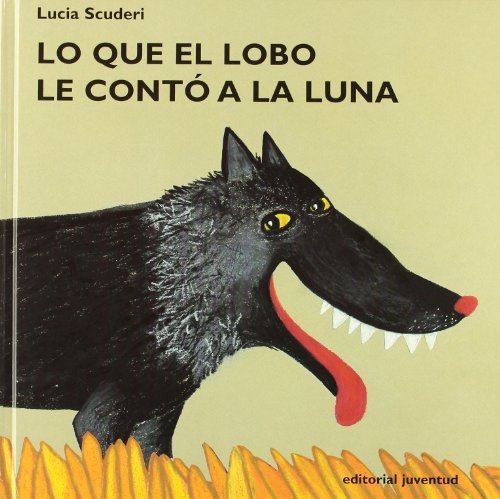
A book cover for Lo Que el Lobo Le Conto a la Luna / What the Wolf Told the Moon (Spanish Edition); Lucia Scuderi; Children's Books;